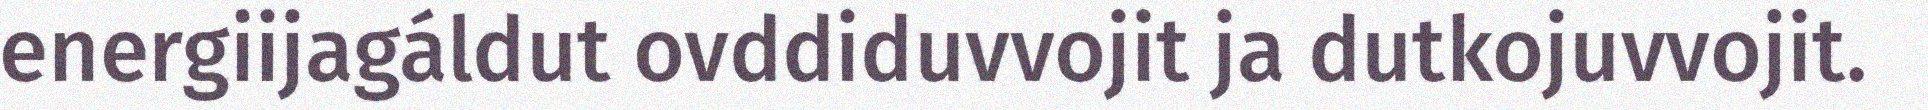
energiijagáldut ovddiduvvojit ja dutkojuvvojit.